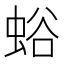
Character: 𧋉